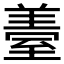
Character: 𦥈